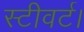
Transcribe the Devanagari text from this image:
स्टीवर्ट।